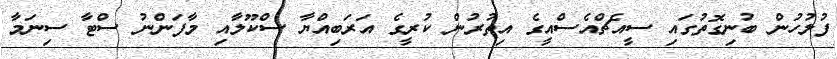
ފުލުހުން ބުނިގޮތުގައި ސީއެޗްއެސްއީގެ އިތުރުން ކުރީގެ އަރަބިއްޔާ ސްކޫލާއި މާފަންނު ސްޓާ ސިނަމާ